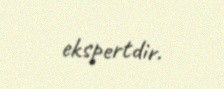
ekspertdir.